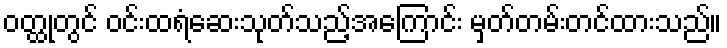
ဝတ္ထုတွင် ဝင်းထရံဆေးသုတ်သည့်အကြောင်း မှတ်တမ်းတင်ထားသည်။